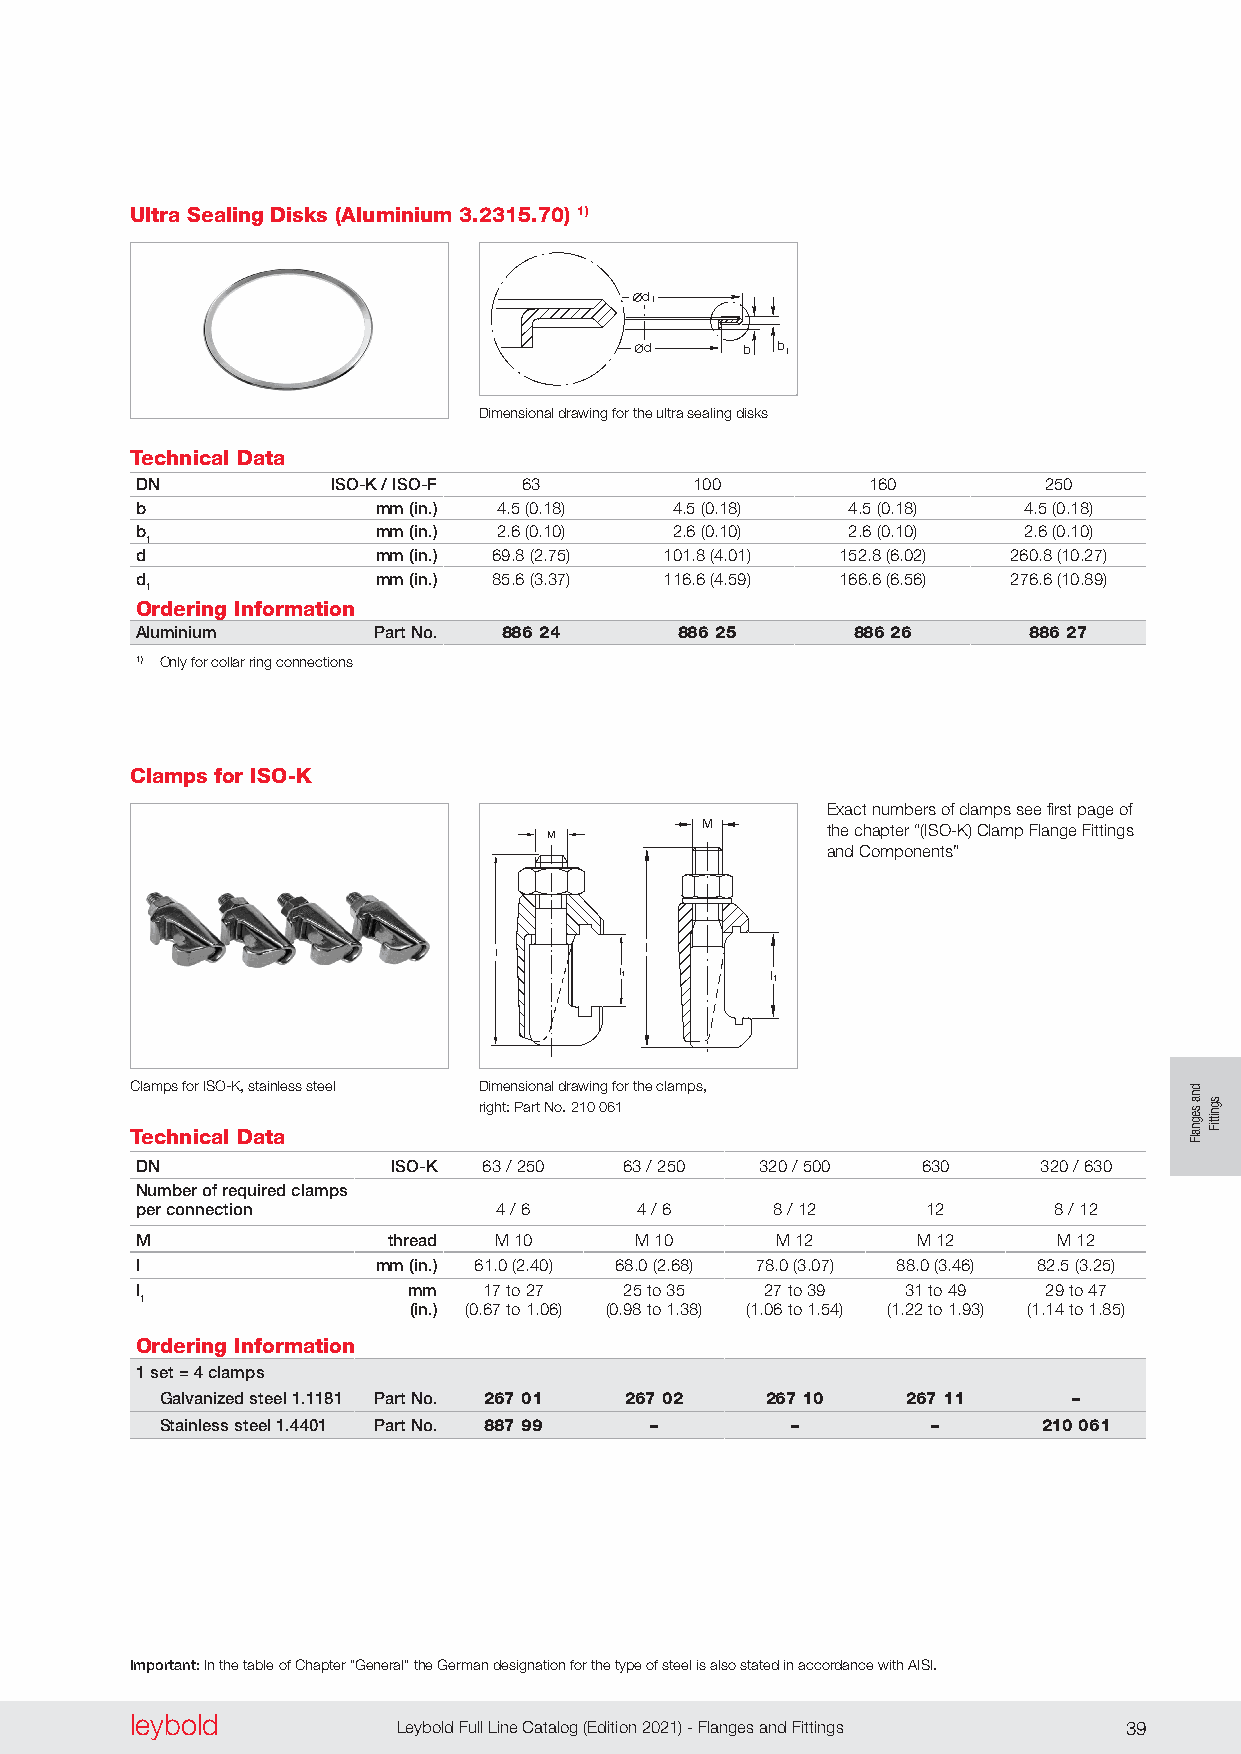
Ultra Sealing Disks (Aluminium 3.2315.70) 1)
 d1
 d     b b 1
 Dimensional drawing for the ultra sealing disks
 Technical Data
 DN           ISO-K / ISO-F 63        100        160         250
 b               mm (in.) 4 .5 (0 .18) 4 .5 (0 .18) 4 .5 (0 .18) 4 .5 (0 .18)
 b               mm (in.) 2 .6 (0 .10) 2 .6 (0 .10) 2 .6 (0 .10) 2 .6 (0 .10)
 1
 d               mm (in.) 69 .8 (2 .75) 101 .8 (4 .01) 152 .8 (6 .02) 260 .8 (10 .27)
 d               mm (in.) 85 .6 (3 .37) 116 .6 (4 .59) 166 .6 (6 .56) 276 .6 (10 .89)
 1
 Ordering Information
 Aluminium       Part No. 886 24     886 25     886 26      886 27
 1) Only for collar ring connections
 Clamps for ISO-K
 Exact numbers of clamps see first page of
 M        the chapter “(ISO-K) Clamp Flange Fittings
 M
 and Components”
 l         l
 l1        l1
 Clamps for ISO-K, stainless steel Dimensional drawing for the clamps,
 right: Part No . 210 061 l3
 Technical Data         l
 2,5
 DN               ISO-K 63 / 250 l263 / 250 320 / 500 630    320 / 630
 Number of required clamps
 per connection          4 / 6    4 / 6    8 / 12    12       8 / 12
 M
 M                thread M 10     M 10     M 12      M 12     M 12
 l               mm (in.) 61 .0 (2 .40) 68 .0 (2 .68) 78 .0 (3 .07) 88 .0 (3 .46) 82 .5 (3 .25)
 l                 mm   17 to 27 25 to 35  27 to 39 31 to 49 29 to 47
 1
 (in.) (0 .67 to 1 .06) (0 .98 to 1 .38) (1 .06 to 1 .54) (1 .22 to 1 .93) (1 .14 to 1 .85)
 Ordering Information
 1 set = 4 clamps
 Galvanized steel 1.1181 Part No. 267 01 267 02 267 10 267 11 –
 Stainless steel 1.4401 Part No. 887 99 – –         –      210 061
 Important: In the table of Chapter “General” the German designation for the type of steel is also stated in accordance with AISI.
 leybold  leybold
 38 Leybold Full Line Catalog (Edition 2021) - Flanges and Fittings Leybold Full Line Catalog (Edition 2021) - Flanges and Fittings 39
 07.01.M.073-Klammer(Neu)
 dna
 segnalF sgnittiF